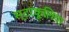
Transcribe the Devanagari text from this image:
स्टरकूलिया